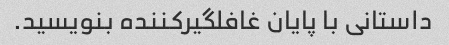
داستانی با پایان غافلگیرکننده بنویسید.